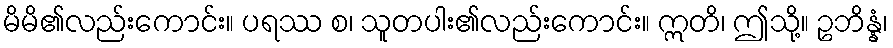
မိမိ၏လည်းကောင်း။ ပရဿ စ၊ သူတပါး၏လည်းကောင်း။ ဣတိ၊ ဤသို့။ ဥဘိန္နံ၊